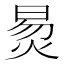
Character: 𬊛